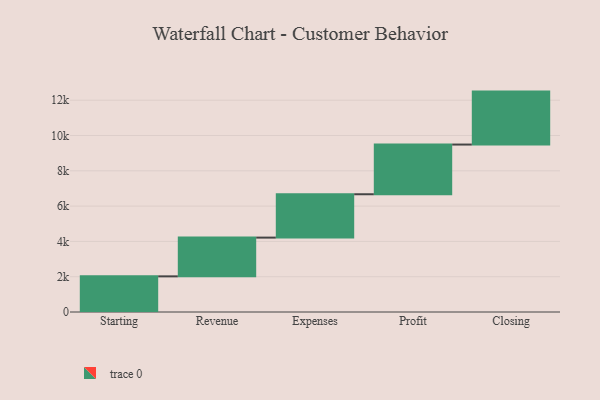
{"axis": {"x": "Step", "y": "Value"}, "legend": [""], "data": [{"x": "Starting", "y": 2020.0, "type": ""}, {"x": "Revenue", "y": 2195.0, "type": ""}, {"x": "Expenses", "y": 2457.0, "type": ""}, {"x": "Profit", "y": 2816.0, "type": ""}, {"x": "Closing", "y": 3000, "type": ""}]}